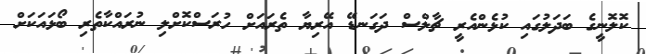
ކޮލޮނީގެ ބަދަލުގައި ކުޅެންއެރީ ޗާލްސް ދަގަނޑޭ އޭރިޔާ ތެރައަށް ހުރަސްކޮށްލި ނުރައްކާތެރި ބޯޅައަކަށް